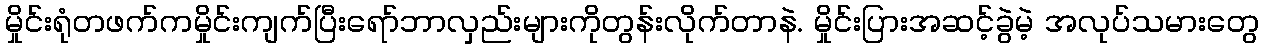
မှိုင်းရုံတဖက်ကမှိုင်းကျက်ပြီးရော်ဘာလှည်းများကိုတွန်းလိုက်တာနဲ. မှိုင်းပြားအဆင့်ခွဲမဲ့ အလုပ်သမားတွေ